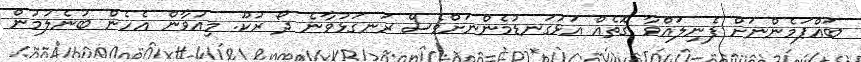
ބައްޕަމެންނަށް ފެނިލައްވާ ގޮތެއް އަޅުގަނޑުމެންނަށްވެސް ރަނގަޅުވާނެ ދޯ ރުކޫ. މިއުވާން އެހެން ބުނެލުމުން